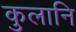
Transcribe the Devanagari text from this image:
कुलानि